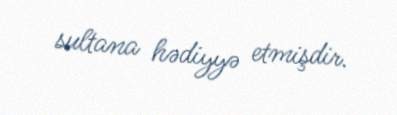
sultana hədiyyə etmişdir.